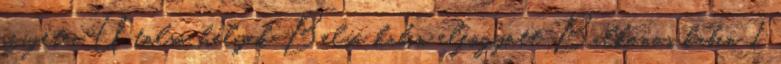
szigetei Utolsó helyek Belső kabin elfogyott Balkonos kabin 1